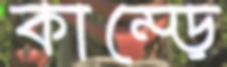
কাম্‌ড়ে